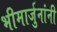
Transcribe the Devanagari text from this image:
भीमार्जुनांनी